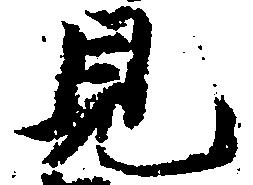
見